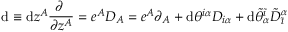
\mathrm { d } \equiv \mathrm { d } z ^ { { \cal A } } \frac { \partial ~ } { \partial z ^ { { \cal A } } } = e ^ { { \cal A } } D _ { { \cal A } } = e ^ { A } \partial _ { A } + \mathrm { d } \theta ^ { i \alpha } D _ { i \alpha } + \mathrm { d } \tilde { \theta } _ { \alpha } ^ { \tilde { \imath } } { \tilde { D } } _ { \tilde { \imath } } ^ { \alpha }